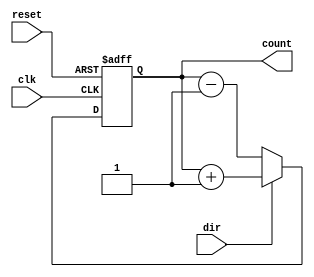

  `timescale 10ns / 1ns
  
  module counter8b_updown(output reg [7:0] count, input clk, reset, dir);
    
    always @(posedge clk or posedge reset)
    begin
      if (reset)
        count <= 8'b0;
      else if (dir)
        count <= count + 1;
      else
        count <= count - 1;
    end
    
  endmodule